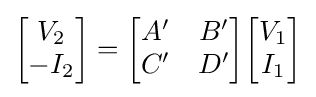
{\begin{bmatrix}V_{2}\\-I_{2}\end{bmatrix}}={\begin{bmatrix}A'&B'\\C'&D'\end{bmatrix}}{\begin{bmatrix}V_{1}\\I_{1}\end{bmatrix}}